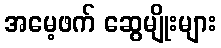
အမေ့ဖက် ဆွေမျိုးများ